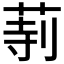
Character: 𦱰